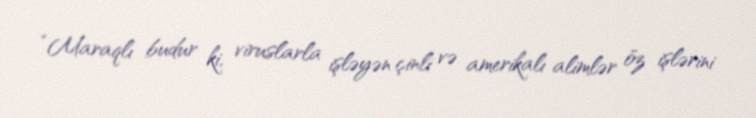
“Maraqlı budur ki, viruslarla işləyən çinli və amerikalı alimlər öz işlərini